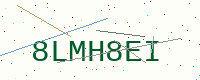
Text: 8LMH8EI